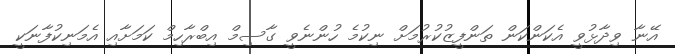
އޭނާ ވިދާޅުވީ އެކަންކަން ތަންފީޒުކުރުމަށް ނިކުމެ ހުންނެވީ ގާސިމް އިބްރާހިމް ކަމަށާއި އެމަނިކުފާނަކީ